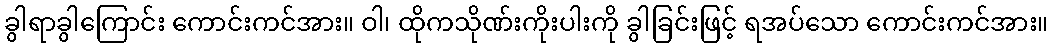
ခွါရာခွါကြောင်း ကောင်းကင်အား။ ဝါ၊ ထိုကသိုဏ်းကိုးပါးကို ခွါခြင်းဖြင့် ရအပ်သော ကောင်းကင်အား။